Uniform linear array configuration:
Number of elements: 48
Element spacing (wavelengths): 1
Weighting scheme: exponential
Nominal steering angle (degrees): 30
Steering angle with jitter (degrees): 30.957
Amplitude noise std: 0.05
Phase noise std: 0.05

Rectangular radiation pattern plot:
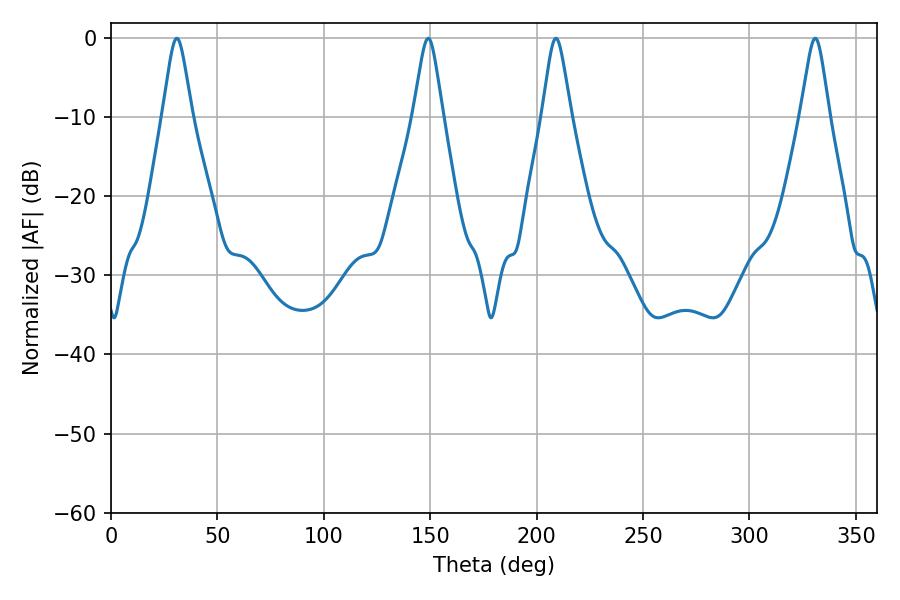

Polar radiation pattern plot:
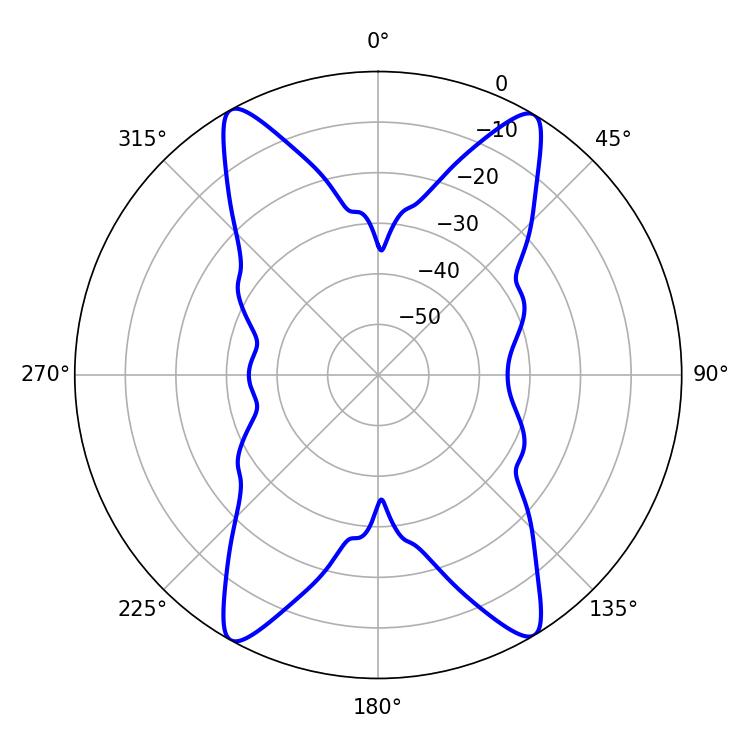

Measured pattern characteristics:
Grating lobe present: TRUE
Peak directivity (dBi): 22.594
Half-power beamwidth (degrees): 6.48
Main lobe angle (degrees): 30.96